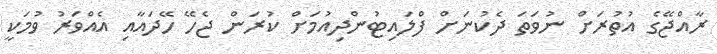
ރާއްޖޭގެ އުތުރަށް ނުވަތަ ދެކުނަށް ފްލައިޓުންދިއުމަށް ކުރަން ޖެހޭ ހޭދައާއި އެއްވަރު ވުމަކީ